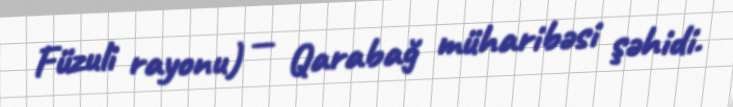
Füzuli rayonu) — Qarabağ müharibəsi şəhidi.